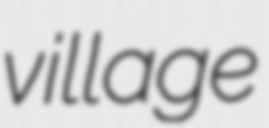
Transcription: village